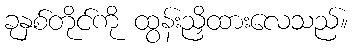
ခုနှစ်တိုင်ကို ထွန်းညှိထားလေသည်။